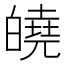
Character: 皢